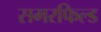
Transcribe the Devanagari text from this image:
समरफिल्ड